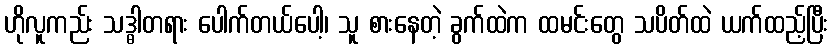
ဟိုလူကည်း သဒ္ဓါတရား ပေါက်တယ်ပေါ့၊ သူ စားနေတဲ့ ခွက်ထဲက ထမင်းတွေ သပိတ်ထဲ ယက်ထည့်ပြီး